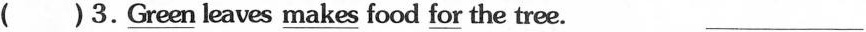
( ) 3.\underline{Green} leaves \underline{makes} food \underline{for} the tree. ___